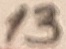
Text: 13